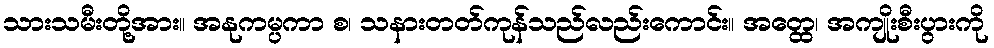
သားသမီးတို့အား။ အနုကမ္ပကာ စ၊ သနားတတ်ကုန်သည်လည်းကောင်း။ အတ္ထေ၊ အကျိုးစီးပွားကို